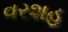
વરશહ